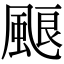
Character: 𩗖